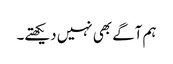
ہم آگے بھی نہیں دیکھتے۔